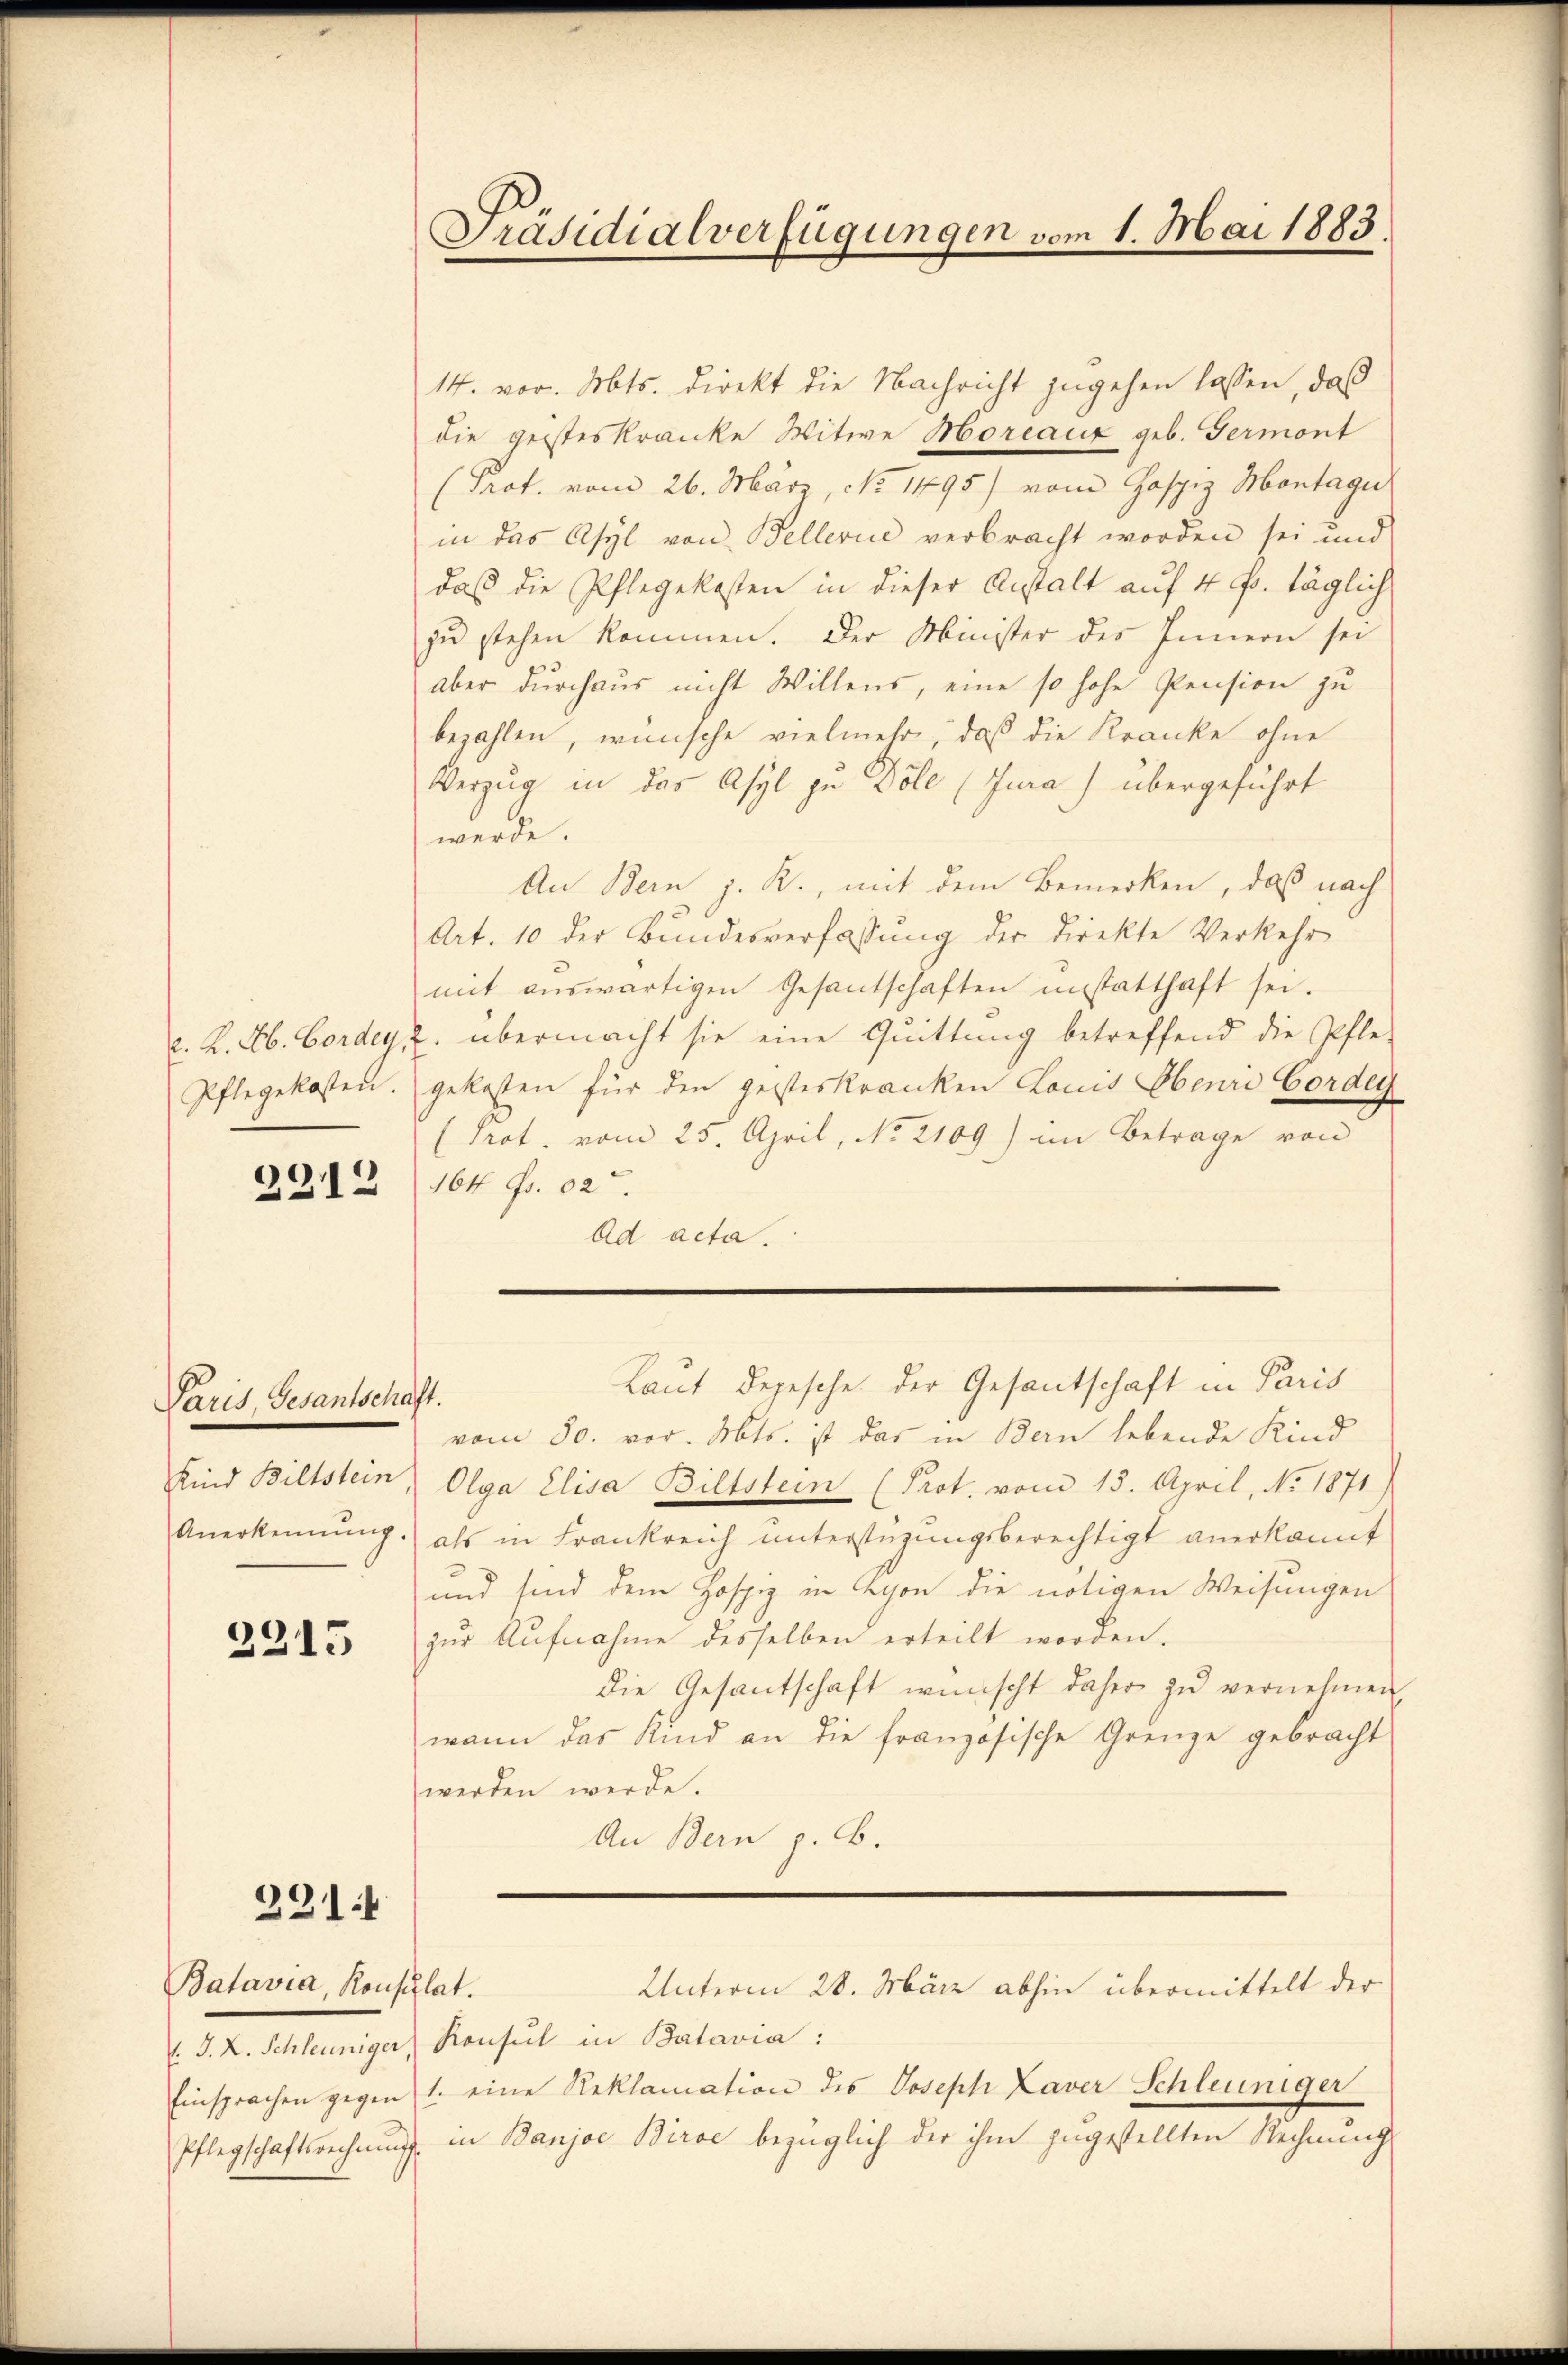
2912

Paris, Gesantschaft.

2315

Batavia, Konsulat.

231.

14. vor. Mts. direkt die Nachricht zugehen lassen, daß
die geisteskranke Witwe Moreaux geb. Germont
(Prot. vom 26. März, No 1495) vom Gaspiz Montage
in das Asyl von Bellerie verbracht worden sei und
daß die Pflegekosten in dieser Anstalt auf 4 Fr. täglich
zu stehen kommen. Der Minister des Innern sei
aber durchaus nicht Willens, eine so hohe Pension zu
bezahlen, wünsche vielmehr, daß die Kranke ohne
Verzug in das Asyl zu Döle (Jura) übergeführt
werde.
An Bern J. R., mit dem Bemerken, daß nach
Art. 10 der Bundesverfassung der direkte Verkehr
mit aŭswärtigen Gesantschaften unstatthaft sei.
. K. A. Bordey, u. übermacht sie eine Quittung betreffend die Pfle-
Pflegekosten. gekosten für den geisteskranken Louis Obenri Corden
(Prot. vom 25. April, No 2109) im Betrage von
164 Fr. 102.
Ad acta.

Präsidialverfügungen vom 1. Mai 1883.

Laut Depesche der Gesantschaft in Paris

Unterm 28. März abhin übermittelt der

vom 30. vor. Mts. ist das in Bern lebende Kind
Kind Biltstein, Olga Elisa Bittstein (Prot. vom 15. April, No 1871)
Anerkennung als in Frankreich ŭnterstüzungsberechtigt anerkannt
und sind dem Hospiz in Lyon die nötigen Weisungen
zŭr Aŭfnahme desselben erteilt worden.
die Gesantschaft wünscht daher zŭ vernehmen,
wann das Kind an die französische Grenze gebracht
werden werde.
An Bern z. B.

. J. L. Schleuniger, Konsul in Batavia:
Einsprachen gegen 1. eine Reklamation des Joseph Laver Schleuniger
Pflegschaftsrechnung in Banjoe Birse bezüglich der ihm zugestellten Rechnung